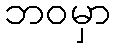
ဘဝမှာ